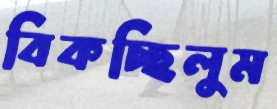
বিকচ্ছিলুম